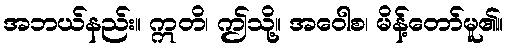
အဘယ်နည်း။ ဣတိ၊ ဤသို့။ အဝေါစ၊ မိန့်တော်မူ၏။